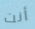
أنت